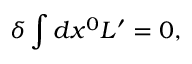
\delta \int d x ^ { 0 } L ^ { \prime } = 0 ,